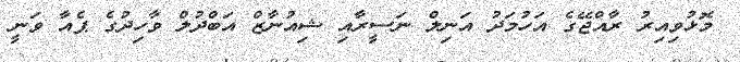
މޮޅުވިއިރު ރާއްޖޭގެ އަހުމަދު އަނިލް ނަސީރާއި ޝިއުނާޒް އަބްދުލް ވާހިދުގެ ޕެއާ ވަނީ